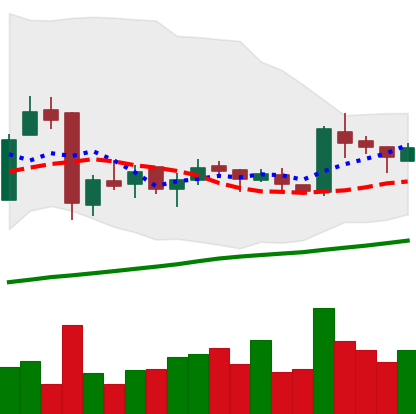
Ticker: LTC-USD
Chart end date: 2016-01-11
Forward return: -13.206%
Label: down_7plus